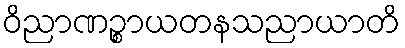
ဝိညာဏဉ္စာယတနသညာယာတိ